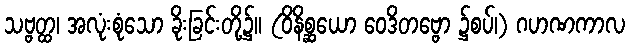
သဗ္ဗတ္ထ၊ အလုံးစုံသော ခိုးခြင်းတို့၌။ (ဝိနိစ္ဆယော ဝေဒိတဗ္ဗော ၌စပ်၊) ဂဟဏကာလ